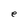
Character: e